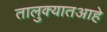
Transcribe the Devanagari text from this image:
तालुक्यातआहे